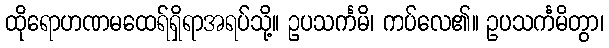
ထိုရောဟဏမထေရ်ရှိရာအရပ်သို့။ ဥပသင်္ကမိ၊ ကပ်လေ၏။ ဥပသင်္ကမိတွာ၊